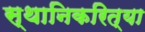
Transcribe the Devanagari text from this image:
स्थानिकरित्या